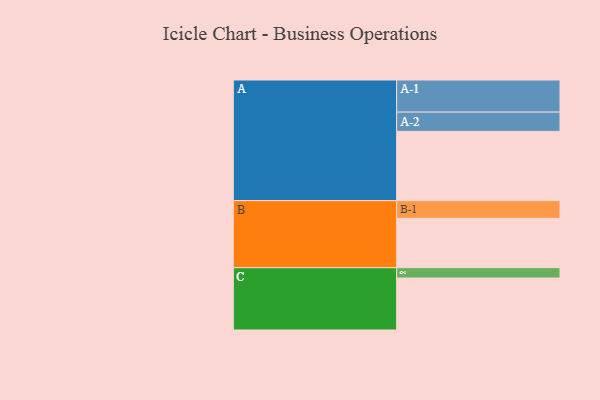
{"axis": {"x": "Segment", "y": "Value"}, "legend": ["", "A", "B", "C"], "data": [{"x": "A", "y": 468, "type": ""}, {"x": "B", "y": 333, "type": ""}, {"x": "C", "y": 351, "type": ""}, {"x": "A-1", "y": 217, "type": "A"}, {"x": "A-2", "y": 130, "type": "A"}, {"x": "B-1", "y": 120, "type": "B"}, {"x": "C-1", "y": 70, "type": "C"}]}